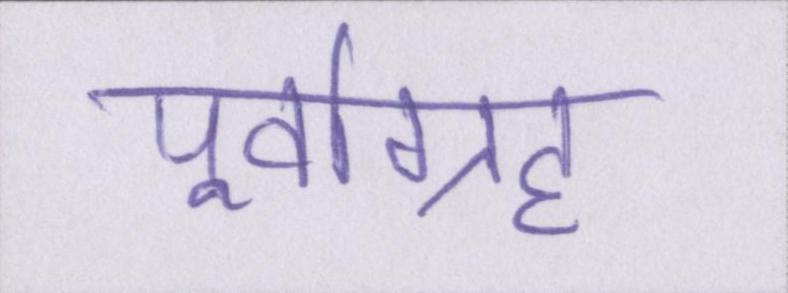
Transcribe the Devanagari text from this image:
पूर्वाग्रह